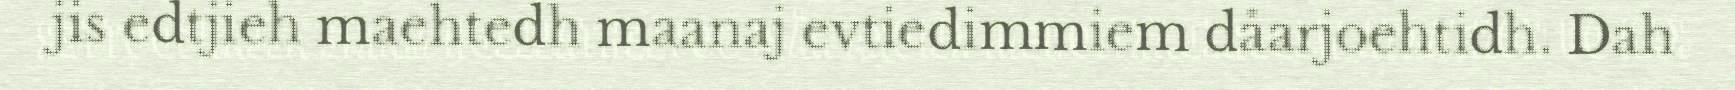
jis edtjieh maehtedh maanaj evtiedimmiem dåarjoehtidh. Dah